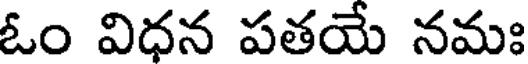
ఓం విధన పతయే నమః